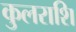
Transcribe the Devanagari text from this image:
कुलराशि